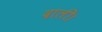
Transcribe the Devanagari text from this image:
दाली।